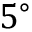
5 ^ { \circ }